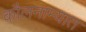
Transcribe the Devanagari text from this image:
कौलनाम्यात